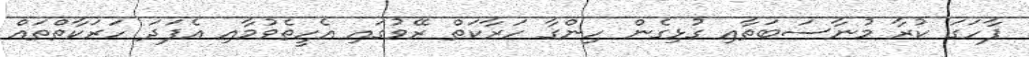
ފާހަގަ ކުރާ މުނާސަބަތާއި ގުޅިގެން ހިންގާ ހަރާކަތް ރޭވުގައި އެހީތެވުމާއި އެފަދަ ހަރަކާތްތައް